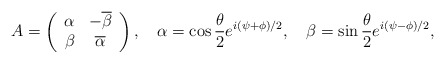
\begin{align*}A=\left(\begin{array}{cc}\alpha&-\overline{\beta}\\\beta&\overline{\alpha}\end{array}\right),\quad \alpha=\cos{{\theta}\over{2}}e^{i(\psi+\phi)/2},\quad\beta=\sin{{\theta}\over{2}}e^{i(\psi-\phi)/2},\end{align*}